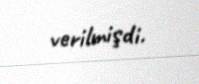
verilmişdi.